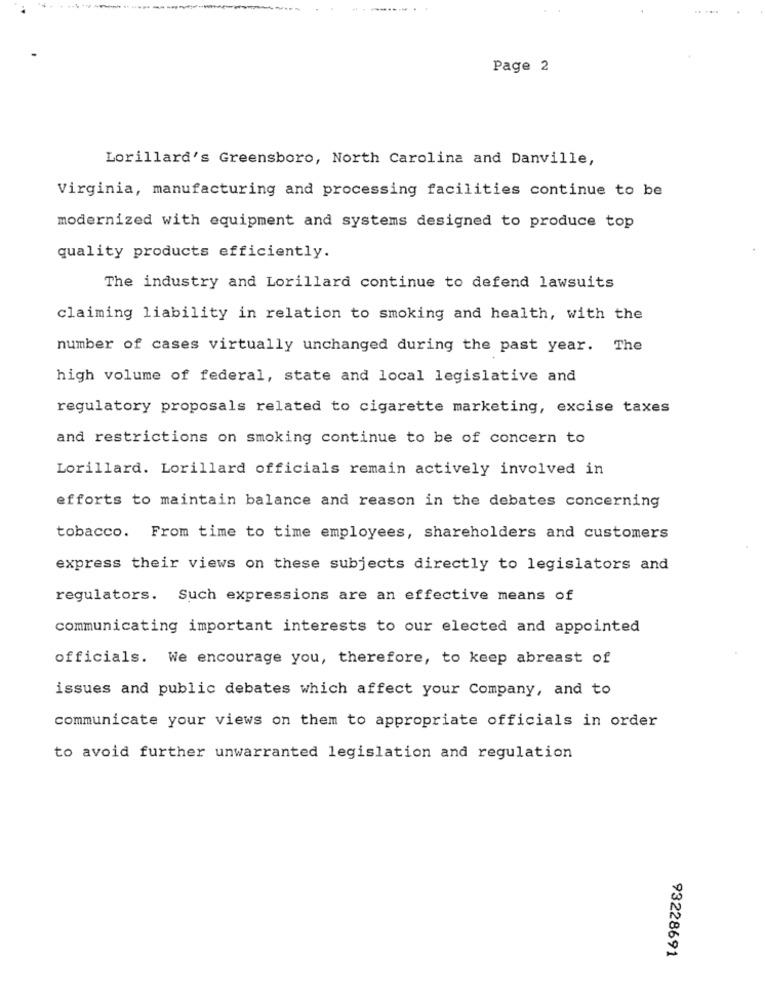
Page 2
Lorillard's Greensboro, North Carolina and Danville,
Virginia, manufacturing and processing facilities continue to be
modernized with equipment and systems designed to produce top
quality products efficiently.
The industry and Lorillard continue to defend lawsuits
claiming liability in relation to smoking and health, with the
number of cases virtually unchanged during the past year. The
high volume of federal, state and local legislative and
regulatory proposals related to cigarette marketing, excise taxes
and restrictions on smoking continue to be of concern to
Lorillard. Lorillard officials remain actively involved in
efforts to maintain balance and reason in the debates concerning
tobacco. From time to time employees, shareholders and customers
express their views on these subjects directly to legislators and
regulators. Such expressions are an effective means of
communicating important interests to our elected and appointed
officials. We encourage you, therefore, to keep abreast of
issues and public debates which affect your Company, and to
communicate your views on them to appropriate officials in order
to avoid further unwarranted legislation and regulation
93228691